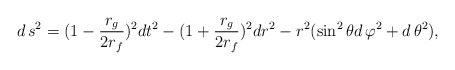
\begin{align*}d\,s^{2}=(1-\frac{r_{g}}{2r_{f}})^{2}dt^{2}-(1+\frac{r_{g}}{2r_{f}})^{2}dr^{2}-r^{2}(\sin^{2}\theta d\,\varphi^{2}+d\,\theta^{2}),\end{align*}